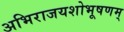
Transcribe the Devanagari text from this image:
अभिराजयशोभूषणम्